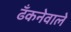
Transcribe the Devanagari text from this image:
ढँकनेवाले